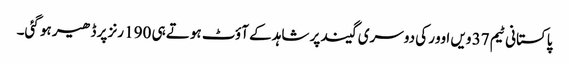
پاکستانی ٹیم 37 ویں اوور کی دوسری گیند پر شاہد کے آؤٹ ہوتے ہی 190 رنز پر ڈھیر ہو گئی۔